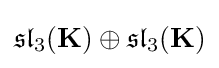
{\mathfrak {sl}}_{3}(\mathbf {K} )\oplus {\mathfrak {sl}}_{3}(\mathbf {K} )